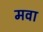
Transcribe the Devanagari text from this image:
मवा